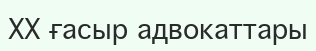
XX ғасыр адвокаттары